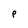
Character: P